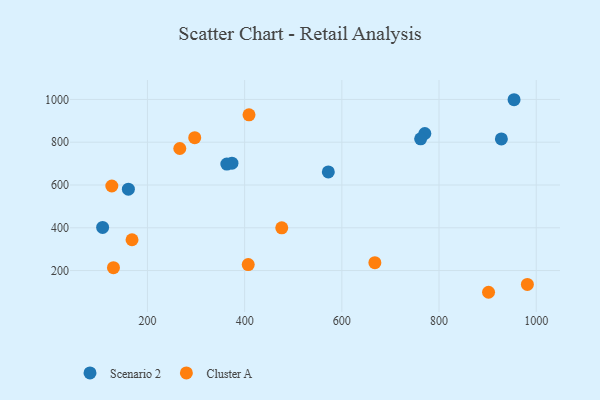
{"axis": {"x": "Ad Spend", "y": "Profit"}, "legend": ["Cluster A", "Scenario 2"], "data": [{"x": "107.8", "y": 401.6, "type": "Scenario 2"}, {"x": "373.9", "y": 702.0, "type": "Scenario 2"}, {"x": "572.2", "y": 661.1, "type": "Scenario 2"}, {"x": "928.3", "y": 815.5, "type": "Scenario 2"}, {"x": "770.8", "y": 840.6, "type": "Scenario 2"}, {"x": "363.4", "y": 697.8, "type": "Scenario 2"}, {"x": "160.8", "y": 580.6, "type": "Scenario 2"}, {"x": "954.4", "y": 998.6, "type": "Scenario 2"}, {"x": "762.2", "y": 815.9, "type": "Scenario 2"}, {"x": "126.7", "y": 595.4, "type": "Cluster A"}, {"x": "668.0", "y": 236.7, "type": "Cluster A"}, {"x": "168.3", "y": 344.0, "type": "Cluster A"}, {"x": "297.3", "y": 821.1, "type": "Cluster A"}, {"x": "901.9", "y": 98.5, "type": "Cluster A"}, {"x": "981.8", "y": 135.3, "type": "Cluster A"}, {"x": "476.4", "y": 399.7, "type": "Cluster A"}, {"x": "407.4", "y": 228.1, "type": "Cluster A"}, {"x": "409.0", "y": 927.9, "type": "Cluster A"}, {"x": "266.6", "y": 770.6, "type": "Cluster A"}, {"x": "130.1", "y": 213.6, "type": "Cluster A"}]}